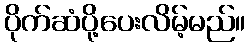
ပိုက်ဆံပို့ပေးလိမ့်မည်။